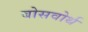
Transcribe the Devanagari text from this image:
बोसवोर्थ